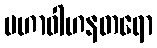
မဟာဝါဟနတရော